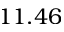
1 1 . 4 6